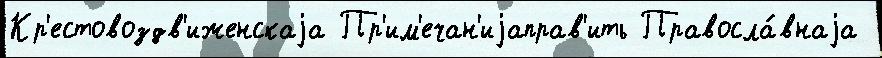
Кр'естовоздв'иженскаjа Пр'им'ечан'иjаправ'ить Правосла́внаjа